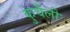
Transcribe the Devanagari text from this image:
कुचैली